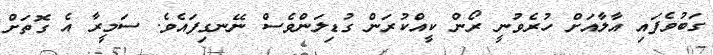
ގަބުވެފައި އާލާއަށް ހުރެވުނީ ރޯން ކީއްކުރަން ގުޑިލަންވެސް ނޭނގިފައެވެ. ސަމީރާ އެ ގޮތަށް